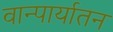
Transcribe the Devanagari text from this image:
वान्पार्यातन